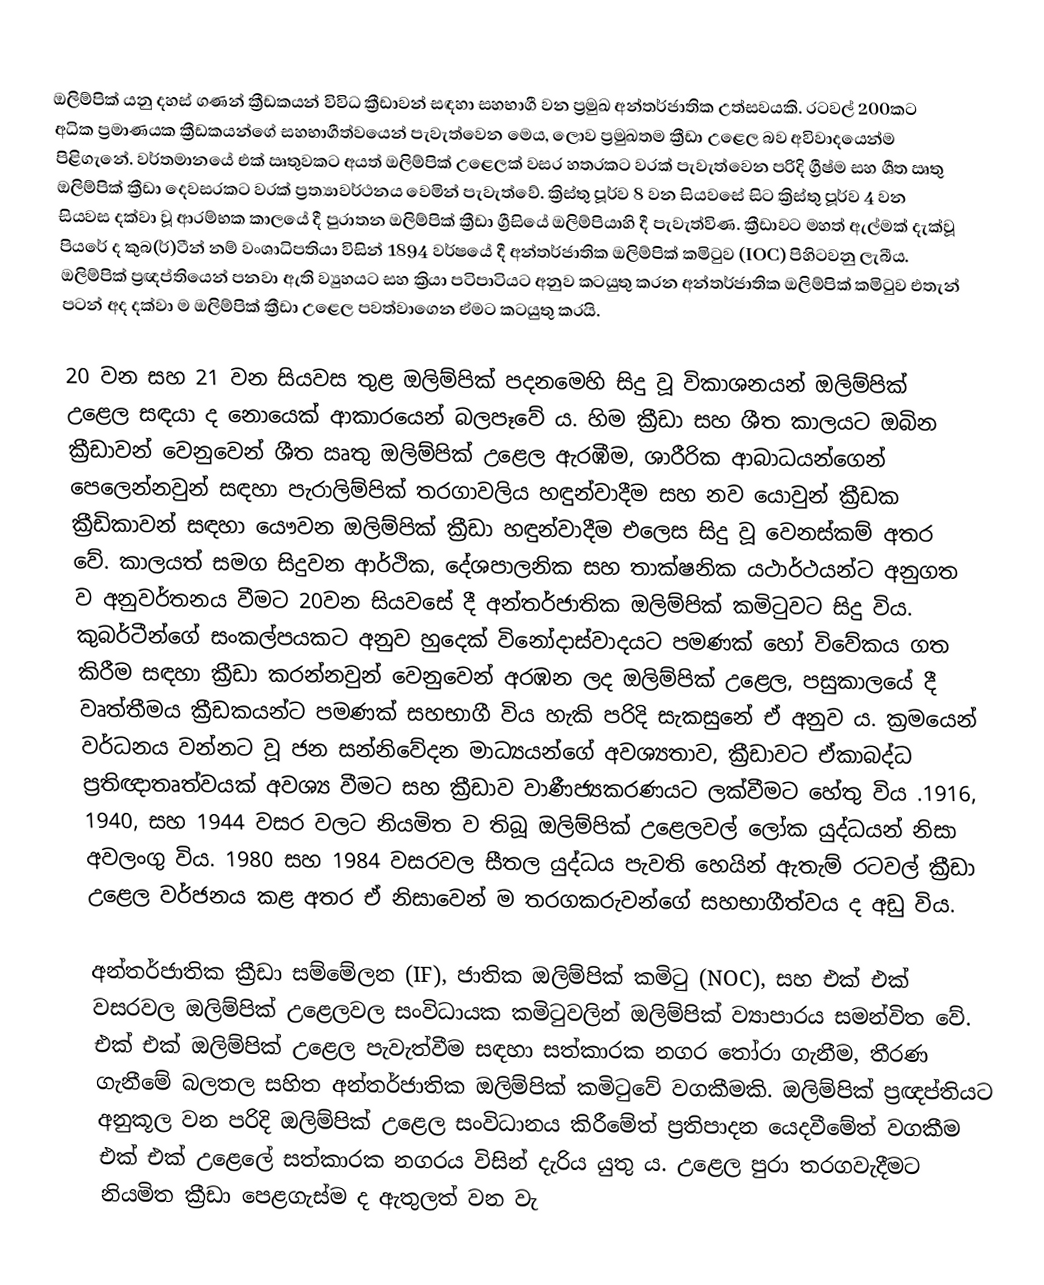
ඔලිම්පික් යනු දහස් ගණන් ක්‍රීඩකයන් විවිධ ක්‍රීඩාවන් සඳහා සහභාගී වන ප්‍රමුඛ අන්තර්ජාතික උත්සවයකි. රටවල් 200කට අධික ප්‍රමාණයක ක්‍රීඩකයන්ගේ සහභාගීත්වයෙන් පැවැත්වෙන මෙය, ලොව ප්‍රමුඛතම ක්‍රීඩා උළෙල බව අවිවාදයෙන්ම පිළිගැනේ. වර්තමානයේ එක් ඍතුවකට අයත් ඔලිම්පික් උළෙලක් වසර හතර‍කට වරක් පැවැත්වෙන පරිදි ග්‍රීෂ්ම සහ ශීත ඍතු ඔලිම්පික් ක්‍රීඩා දෙවසරකට වරක් ප්‍රත්‍යාවර්ථනය වෙමින් පැවැත්වේ. ක්‍රිස්තු පූර්ව 8 වන සියවසේ සිට ක්‍රිස්තු පූර්ව 4 වන සියවස දක්වා වූ ආරම්භක කාලයේ දී පුරාතන ඔලිම්පික් ක්‍රීඩා ග්‍රීසියේ ඔලිම්පියාහි දී පැවැත්විණ. ක්‍රීඩාවට මහත් ඇල්මක් දැක්වූ  පියරේ ද කුබ(ර්)ටීන් නම් වංශාධිපතියා විසින් 1894 වර්ෂයේ දී අන්තර්ජාතික ඔලිම්පික් කමිටුව (IOC) පිහිටවනු ලැබීය. ඔලිම්පික් ප්‍රඥප්තියෙන් පනවා ඇති ව්‍යුහයට සහ ක්‍රියා පටිපාටියට අනුව කටයුතු කරන අන්තර්ජාතික ඔලිම්පික් කමිටුව එතැන් පටන් අද දක්වා ම ඔලිම්පික් ක්‍රීඩා උළෙල පවත්වාගෙන ඒමට කටයුතු කරයි.

20 වන සහ 21 වන සියවස තුළ ඔලිම්පික් පදනමෙහි සිදු වූ විකාශනයන් ඔලිම්පික් උළෙල සඳයා ද නොයෙක් ආකාරයෙන් බලපෑවේ ය. හිම ක්‍රීඩා සහ ශීත කාලයට ඔබින ක්‍රීඩාවන් වෙනුවෙන් ශීත ඍතු ඔලිම්පික් උළෙල ඇරඹීම, ශාරීරික ආබාධයන්ගෙන් පෙලෙන්නවුන් සඳහා පැරාලිම්පික් තරගාවලිය හඳුන්වාදීම සහ නව යොවුන් ක්‍රීඩක ක්‍රීඩිකාවන් සඳහා යෞවන ඔලිම්පික් ක්‍රීඩා හඳුන්වාදීම එලෙස සිදු වූ වෙනස්කම් අතර වේ. කාලයත් සමග සිදුවන ආර්ථික, දේශපාලනික සහ තාක්ෂනික යථාර්ථයන්ට අනුගත ව අනුවර්තනය වීමට 20වන සියවසේ දී අන්තර්ජාතික ඔලිම්පික් කමිටුවට සිදු විය. කුබර්ටීන්ගේ සංකල්පයකට අනුව හුදෙක් විනෝදාස්වාදයට පමණක් හෝ විවේකය ගත කිරීම සඳහා ක්‍රීඩා කරන්නවුන් වෙනුවෙන් අරඹන ලද ඔලිම්පික් උළෙල, පසුකාලයේ දී වෘත්තීමය ක්‍රීඩකයන්ට පමණක් සහභාගී විය හැකි පරිදි සැකසුනේ ඒ අනුව ය. ක්‍රමයෙන් වර්ධනය වන්නට වූ ජන සන්නිවේදන මාධ්‍යයන්ගේ අවශ්‍යතාව, ක්‍රීඩාවට ඒකාබද්ධ ප්‍රතිඥාතෘත්වයක්  අවශ්‍ය වීමට සහ ක්‍රීඩාව වාණීජ්‍යකරණයට ලක්වීමට හේතු විය .1916, 1940, සහ 1944 වසර වලට නියමිත ව තිබූ ඔලිම්පික් උළෙලවල් ලෝක යුද්ධයන් නිසා අවලංගු විය. 1980 සහ 1984 වසරවල සීතල යුද්ධය පැවති හෙයින් ඇතැම් රටවල් ක්‍රීඩා උළෙල වර්ජනය කළ අතර ඒ නිසාවෙන් ම තරගකරුවන්ගේ සහභාගීත්වය ද අඩු විය.

අන්තර්ජාතික ක්‍රීඩා සම්මේලන (IF), ජාතික ඔලිම්පික් කමිටු (NOC), සහ එක් එක් වසරවල ඔලිම්පික් උළෙලවල සංවිධායක කමිටුවලින් ඔලිම්පික් ව්‍යාපාරය සමන්විත වේ. එක් එක් ඔලිම්පික් උළෙල පැවැත්වීම සඳහා සත්කාරක නගර තෝරා ගැනීම, තීරණ ගැනීමේ බලතල සහිත අන්තර්ජාතික ඔලිම්පික් කමිටුවේ වගකීමකි. ඔලිම්පික් ප්‍රඥප්තියට අනුකූල වන පරිදි ඔලිම්පික් උළෙල සංවිධානය කිරීමේත් ප්‍රතිපාදන යෙදවීමේත් වගකීම එක් එක් උළෙලේ සත්කාරක නගරය විසින් දැරිය යුතු ය. උළෙල පුරා තරගවැදීමට නියමිත ක්‍රීඩා පෙළගැස්ම ද ඇතුලත් වන වැ